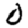
Digit: 0